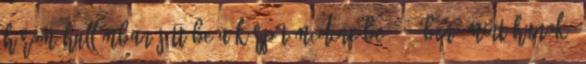
három hullámban jött be a Kárpát-medencébe. 361-ben, mint hunok,